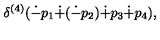
\delta ^ { ( 4 ) } ( \dot { - } p _ { 1 } \dot { + } ( \dot { - } p _ { 2 } ) \dot { + } p _ { 3 } \dot { + } p _ { 4 } ) ,